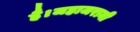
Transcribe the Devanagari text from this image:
है।जहाजरानी